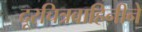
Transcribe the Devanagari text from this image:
दूरचित्रवाहिनीने